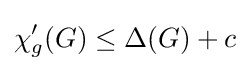
\chi '_{g}(G)\leq \Delta (G)+c